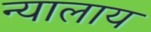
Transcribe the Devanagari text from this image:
न्यालाय